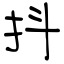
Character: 抖